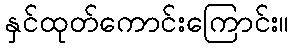
နှင်ထုတ်ကောင်းကြောင်း။